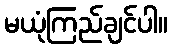
မယုံကြည်ချင်ပါ။